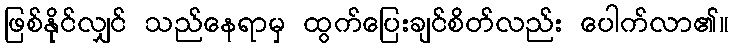
ဖြစ်နိုင်လျှင် သည်နေရာမှ ထွက်ပြေးချင်စိတ်လည်း ပေါက်လာ၏။